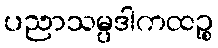
ပညာသမ္ပဒါကထဉ္စ